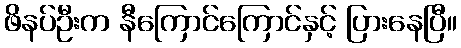
ဖိနပ်ဦးက နီကြောင်ကြောင်နှင့် ပြားနေပြီ။